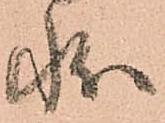
状